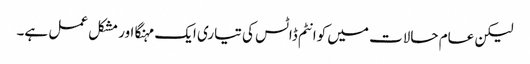
لیکن عام حالات میں کوانٹم ڈاٹس کی تیاری ایک مہنگا اور مشکل عمل ہے۔